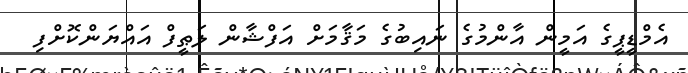
އެމްޑީޕީގެ އަމީން އާންމުގެ ނައިބުގެ މަޤާމަށް އަފްޝާން ލަޠީފް އައްޔަންކޮށްފި